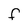
Character: F